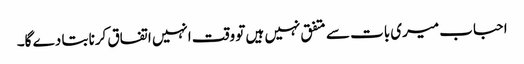
احباب میری بات سے متفق نہیں ہیں تو وقت انہیں اتفاق کرنا بتا دے گا۔